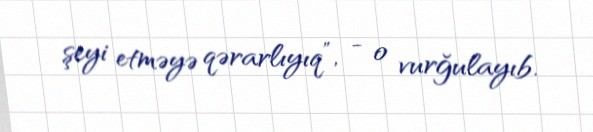
şeyi etməyə qərarlıyıq”, - o vurğulayıb.